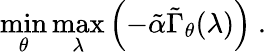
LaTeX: \operatorname*{min}_{\theta}\operatorname*{max}_{\lambda}\left(-\tilde{\alpha}\tilde{\Gamma}_{\theta}(\lambda)\right)~.